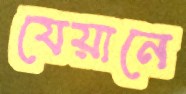
যেয়ানে